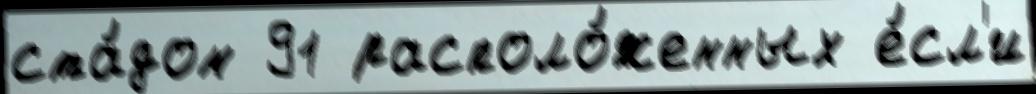
ста́дом 91 располо́женных е́сл'и